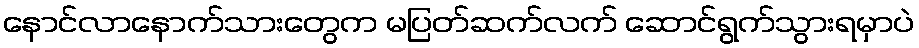
နောင်လာနောက်သားတွေက မပြတ်ဆက်လက် ဆောင်ရွက်သွားရမှာပဲ